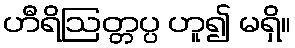
ဟီရိဩတ္တပ္ပ ဟူ၍ မရှိ။